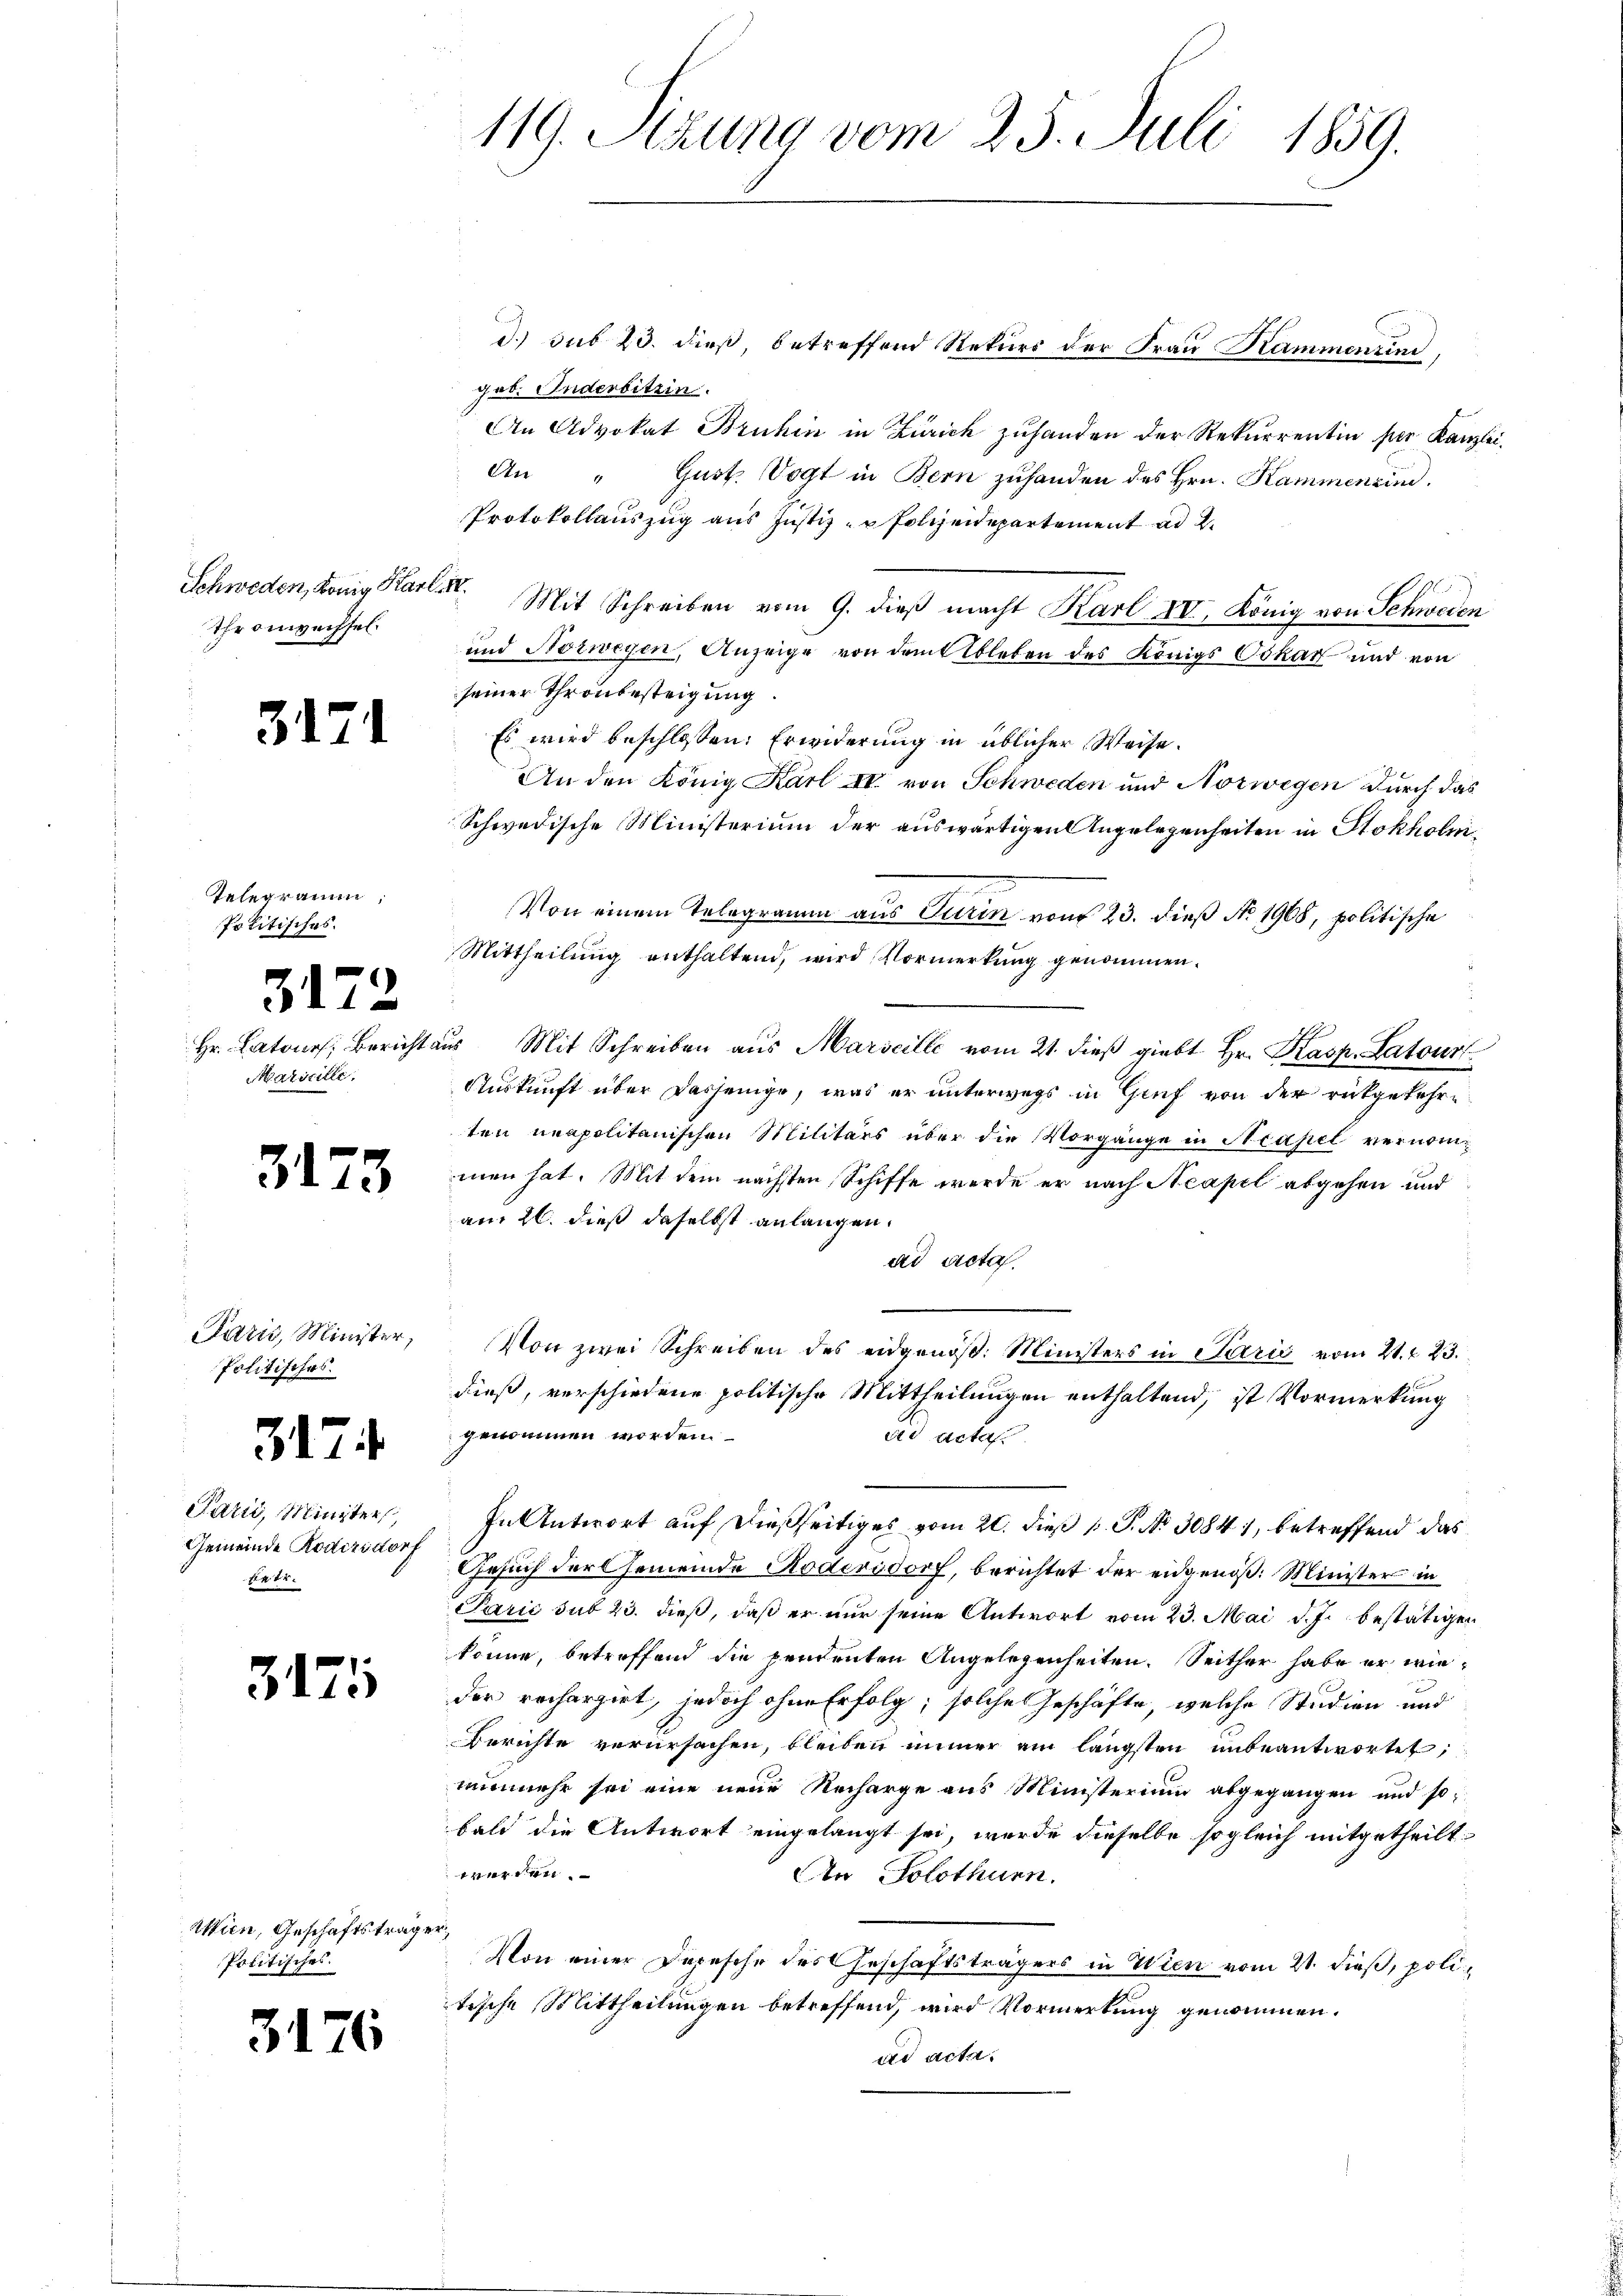
Thronechsel

31

.

Telegramm.
Politisches.

3172

Maricille.

3173

Paris, Minister,
Politisches.

317.

Parti, Minister,
Gemeinde Rodizsdorf
84

3171

Wien, Geschäftsträger,
Politisches.

3176

d.) sub 23. dieß, betreffend Rekurs der Frau Kammenzind,
gab. Inderbitzin
An Advokat Bruhin in Zürich zuhanden der Rekurrentin per Kanzlei¬
An " Gust. Vogt in Bern zuhanden des Hrn. Kammenzin
Protokollauszug aus Justiz- u Polizeidepartement ad 2.
A
Schweden, König Karl. Mit Schreiben vom 9. dieβ macht Karl XVI, König von Schweren
und Norwegen, Anzeige von dem Ableben des Königs Oskar und von
seiner Thronbesteigung.
Es wird beschlossen: Erwiderung in üblicher Weise.
An den König Karl IV. von Schweden und Norwegen durch das
Schwedische Ministerium der auswärtigen Angelegenheiten in Stokhobni¬
Von einem Telegramm aus Turin von 23. dieß No. 1968, politische
Mittheilung enthaltend, wird Vormerkung genommen.
Hr. Latone, Bericht aus Mit Schreiben aŭs Marseille vom 21. dieβ giebt Hr. Kasp. Latour
Auskunft über dasjenige, was er unterwegs in Genf von der rückgekehre
ten neapolitanischen Militärs über die Vorgänge in Neapel vernommen hat. Mit dem nächsten Schiffe werde er nach Neapel abgehen und
am 26. dieß daselbst anlangen.
ad acta.
Von zwei Schreiben des eidgenöß. Ministers in Paris vom 21. & 23.
dieß, verschiedene politische Mittheilungen enthaltend, ist Vormerkung
genommen worden
die acta
In Antwort auf dießseitiges vom 20. dieß p. P. No 3084), betreffend das
Gesuch der Gemeinde Kodividorf, berichtet der eidgenöß. Minister in
Prić sub 23. dieß, daß er nur seine Antwort vom 23. Mai d. J. bestätigen
könne, betreffend die pendenten Angelegenheiten. Seither habe er wieder recharzirt, jedoch ohne Erfolg, solche Geschäfte, welche Studien und
Berichte verursachen, bleiben immer am längsten unbeantwortet;
nunmehr sei eine neue Recharge aus Ministerium abgegangen und so
bald die Antwort eingelangt sei, wurde dieselbe sogleich mitgetheilt
werden.
An Solothurn.
Von einer Depesche des Geschäftsträgers in Wien vom 21. dieß, politische Mittheilungen betreffend, wird Vormerkung genommen.
ad acte.

119. Sitzung vom 25. Juli 1859.